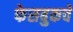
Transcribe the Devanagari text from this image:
फेसबुकचे